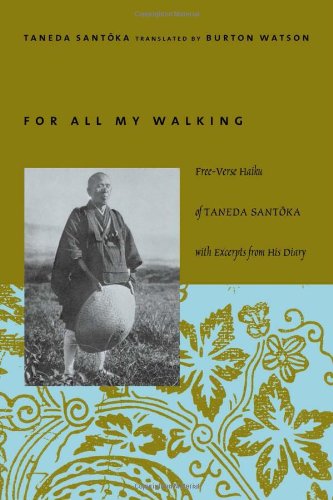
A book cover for For All My Walking; Santoka Taneda; Literature & Fiction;